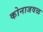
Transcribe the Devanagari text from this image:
कोनाजवळ